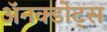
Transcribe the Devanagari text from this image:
ॲनक्डोट्स